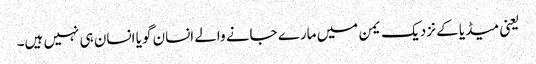
یعنی میڈیا کے نزدیک یمن میں مارے جانے والے انسان گویا انسان ہی نہیں ہیں۔